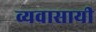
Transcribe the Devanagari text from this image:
व्यवासायी